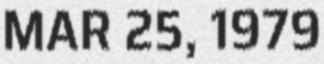
MAR 25, 1979